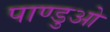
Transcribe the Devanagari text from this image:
पाण्डुओ